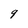
Character: g